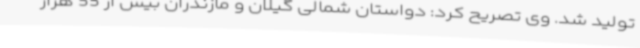
تولید شد. وی تصریح کرد: دواستان شمالی گیلان و مازندران بیش از 55 هزار